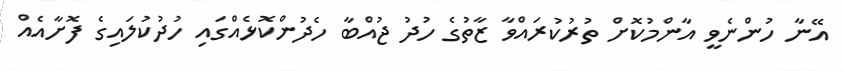
އޭނާ ހުންނެވީ އާންމުކޮށް ތުރުކުރައްވާ ޒާތުގެ ހުދު ޖުއްބާ ހެދުންކޮޅެއްގައި ހުދުކުލައިގެ ފޮށާއެއް